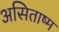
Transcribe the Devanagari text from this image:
असिताष्म